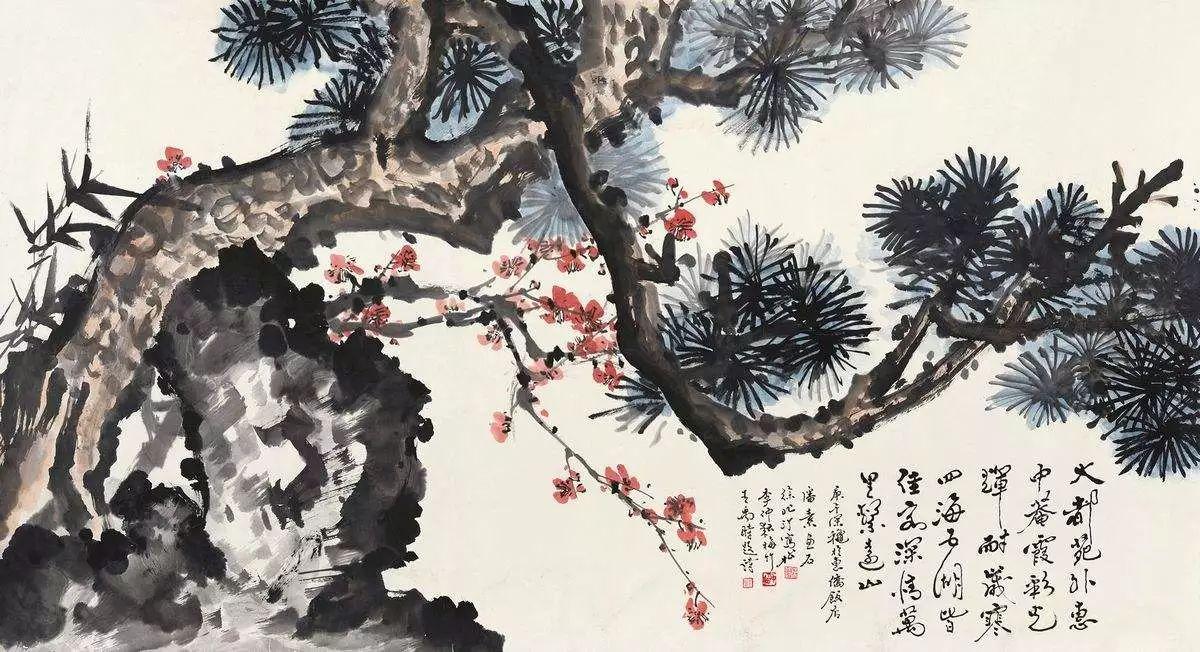
岁寒，然后知松柏之后凋也。